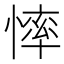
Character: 𢟳